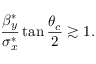
\frac { \beta _ { y } ^ { * } } { \sigma _ { x } ^ { * } } \tan \frac { \theta _ { c } } { 2 } \gtrsim 1 .